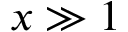
x \gg 1